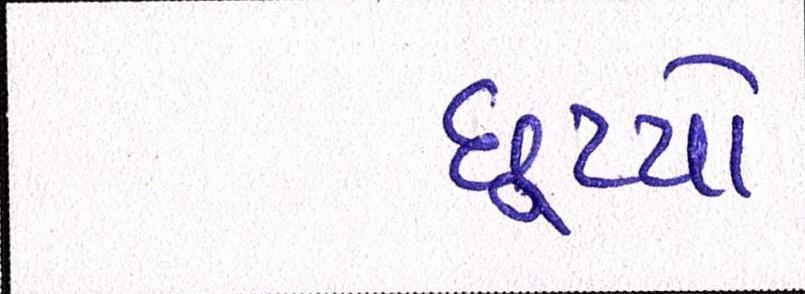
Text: છૂટયો